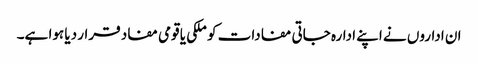
ان اداروں نے اپنے ادارہ جاتی مفادات کو ملکی یا قومی مفاد قرار دیا ہوا ہے۔